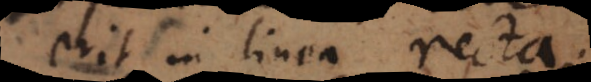
erit in linea recta.